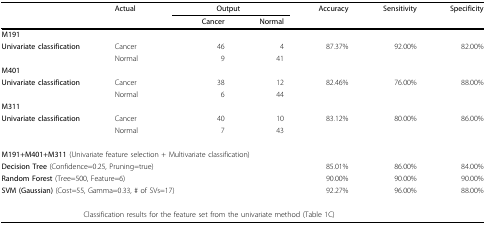
|  | Actual | <COLSPAN=2> Output | Accuracy | Sensitivity | Specificity |
 |  |  | Cancer | Normal |  |  |  |
 | --- | --- | --- | --- | --- | --- | --- |
 | M191 |  |  |  |  |  |  |
 | Univariate classification | Cancer | 46 | 4 | 87.37% | 92.00% | 82.00% |
 |  | Normal | 9 | 41 |  |  |  |
 | M401 |  |  |  |  |  |  |
 | Univariate classification | Cancer | 38 | 12 | 82.46% | 76.00% | 88.00% |
 |  | Normal | 6 | 44 |  |  |  |
 | M311 |  |  |  |  |  |  |
 | Univariate classification | Cancer | 40 | 10 | 83.12% | 80.00% | 86.00% |
 |  | Normal | 7 | 43 |  |  |  |
 | <COLSPAN=7> M191+M401+M311 (Univariate feature selection + Multivariate classification) |
 | <COLSPAN=4> Decision Tree (Confidence=0.25, Pruning=true) | 85.01% | 86.00% | 84.00% |
 | <COLSPAN=4> Random Forest (Tree=500, Feature=6) | 90.00% | 90.00% | 90.00% |
 | <COLSPAN=4> SVM (Gaussian) (Cost=55, Gamma=0.33, # of SVs=17) | 92.27% | 96.00% | 88.00% |
 | <COLSPAN=6> Classification results for the feature set from the univariate method (Table 1C) |